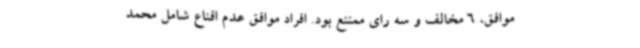
موافق، 6 مخالف و سه رای ممتنع بود. افراد موافق عدم اقناع شامل محمد